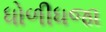
ધોળીધજા